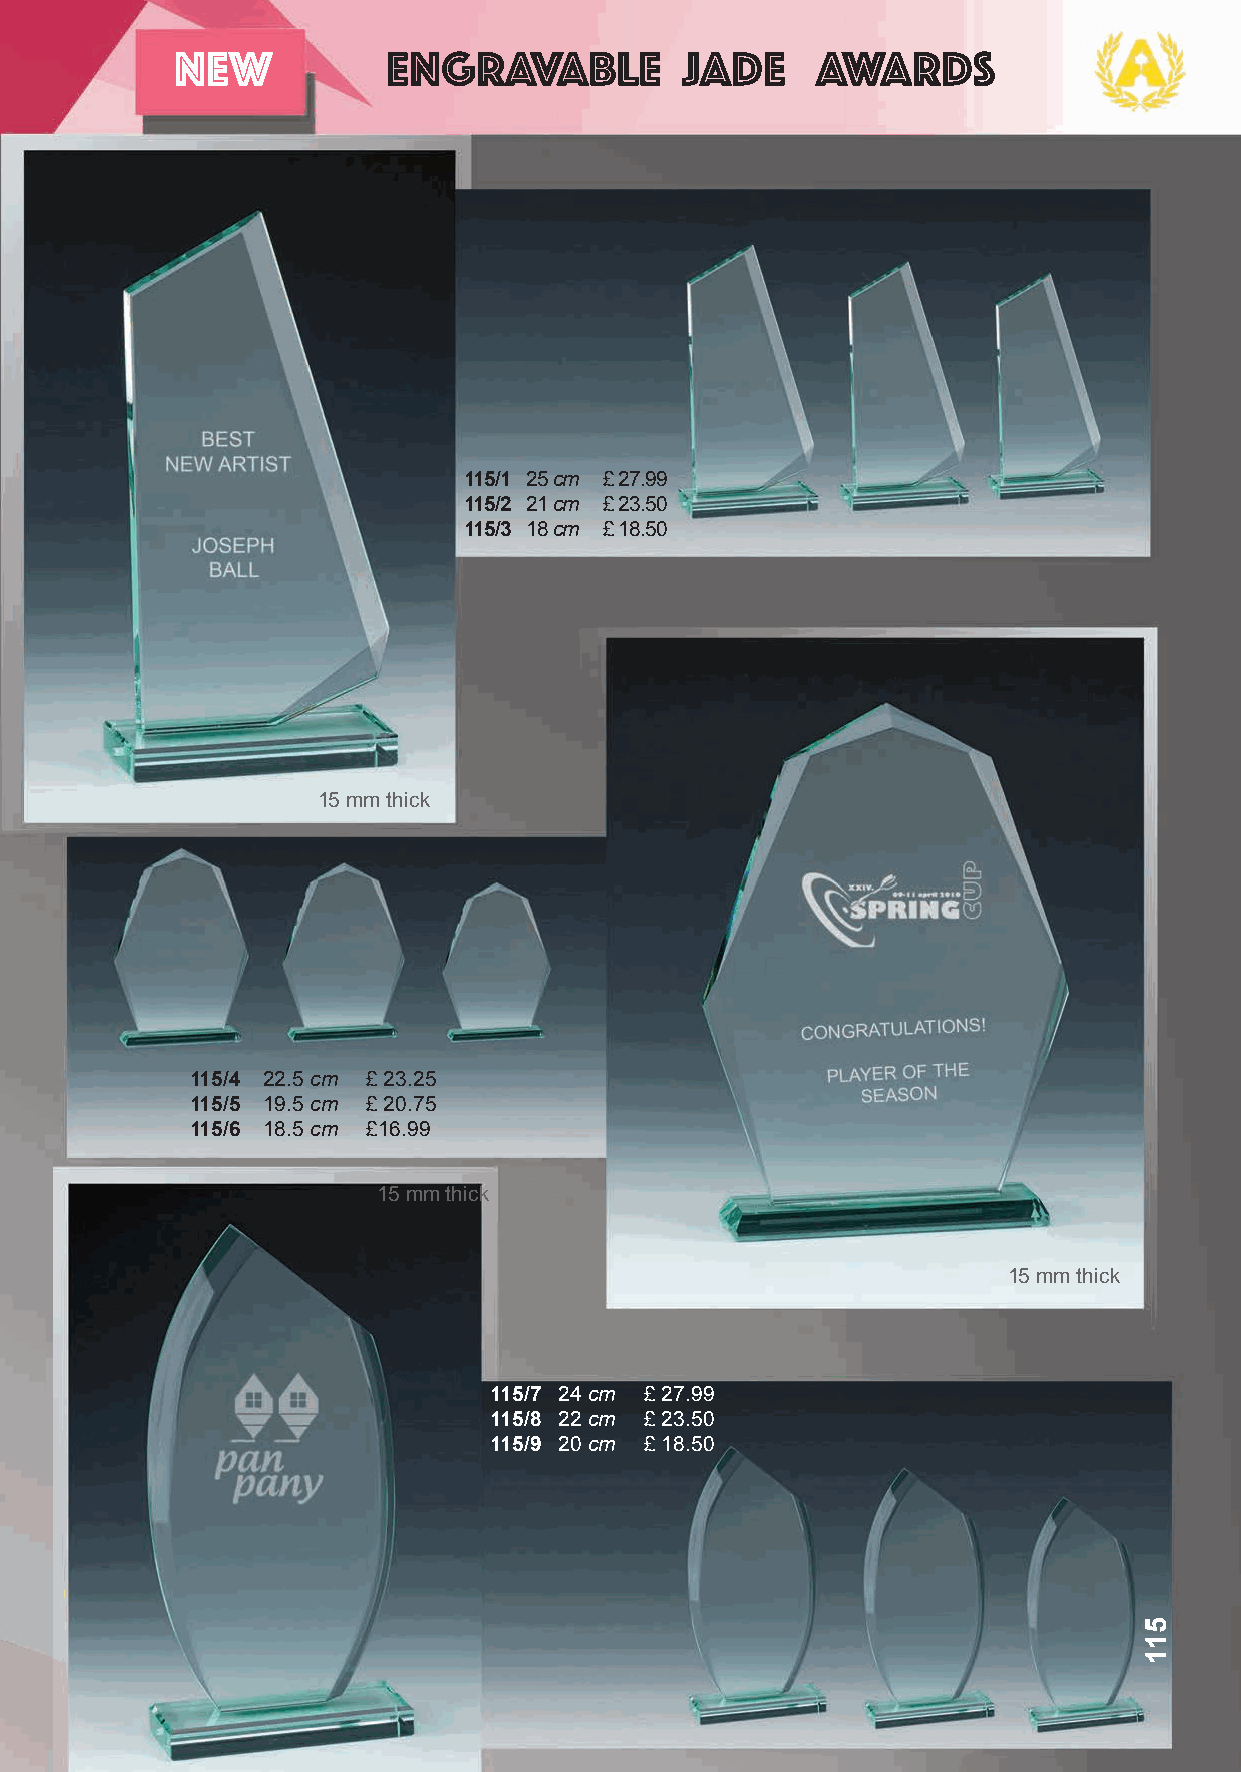
new           engravable         JADE     Awards
 115/1 25 cm £ 27.99
 115/2 21 cm £ 23.50
 115/3 18 cm £ 18.50
 15 mm thick
 115/4 22.5 cm £ 23.25
 115/5 19.5 cm £ 20.75
 115/6 18.5 cm £16.99
 15 mm thick
 15 mm thick
 115/7 24 cm £ 27.99
 115/8 22 cm £ 23.50
 115/9 20 cm £ 18.50
 511